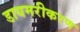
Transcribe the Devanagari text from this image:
डायमरीकरण